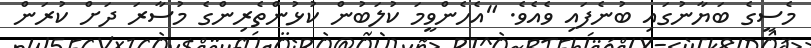
މެސީގެ ބަޔާނުގައި ބުނެފައި ވެއެވެ. "އެހެންވީމަ ކުލަބުން ކުޅުންތެރިންގެ މުސާރަ ދަށް ކުރަން